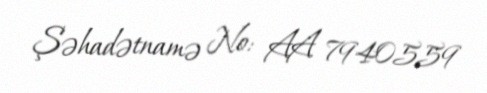
Şəhadətnamə №: AA 7940559